Black-water fever - Number 35
Disease focus: Fever
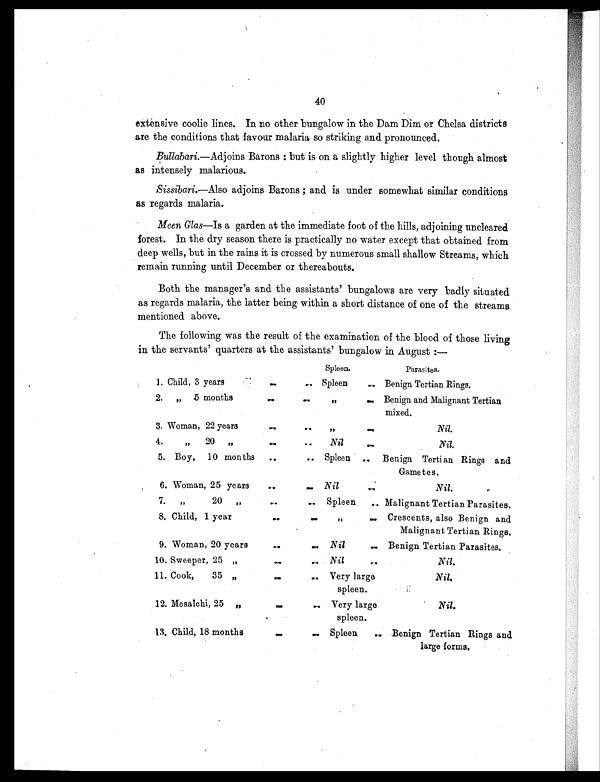
40
extensive coolie lines. In no other bungalow in the Dam Dim or Chelsa districts
are the conditions that favour malaria so striking and pronounced.
Bullabari.—Adjoins Barons: but is on a slightly higher level though almost
as intensely malarious.
Sissibari.—Also adjoins Barons; and is under somewhat similar conditions
as regards malaria.
Meen Glas—Is a garden at the immediate foot of the hills, adjoining uncleared
forest. In the dry season there is practically no water except that obtained from
deep wells, but in the rains it is crossed by numerous small shallow Streams, which
remain running until December or thereabouts.
Both the manager's and the assistants' bungalows are very badly situated
as regards malaria, the latter being within a short distance of one of the streams
mentioned above.
The following was the result of the examination of the blood of those living
in the servants' quarters at the assistants' bungalow in August:—
Spleen.
Parasites.
1. Child, 3 years
...
... Spleen
.. Benign Tertian Rings.
2. „ 5 months
..
. .
„
..
Benign and Malignant Tertian
mixed.
3. Woman, 22 years
..
„ .. Nil.
4.
,,
20 „
..
. .
Nil
..
Nil.
5. Boy, 10 months
..
.. Spleen .. Benign Tertian Rings and
Gametes.
6. Woman, 25 years
..
.... Nil
..
Nil.
7. „
20 „
..
.. Spleen
..Malignant Tertian Parasites.
8. Child, 1 year
..
. .
„
.. Crescents, also Benign and
Malignant Tertian Rings.
9. Woman, 20 years
..
.. Nil
.. Benign Tertian Parasites.
10. Sweeper, 25 „
..
. . Nil
..
Nil.
11. Cook, 35 ”
..
.. Very large
spleen.
Nil
.
12. Mesalchi, 25
„ . . Very large
spleen
Nil.
.
13. Child, 18 months
..
.. Spleen
.. Benign Tertian Rings and
large forms.